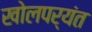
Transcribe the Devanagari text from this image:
खोलपर्यंत